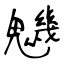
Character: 魕